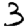
Digit: 3